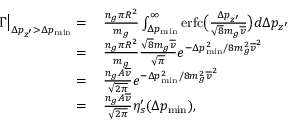
\begin{array} { r l } { \Gamma \big | _ { \Delta p _ { z ^ { \prime } } > \Delta p _ { \mathrm { m i n } } } = } & { { } \, \frac { n _ { g } \pi R ^ { 2 } } { m _ { g } } \int _ { \Delta p _ { \mathrm { m i n } } } ^ { \infty } \mathrm { e r f c } \big ( \frac { \Delta p _ { z ^ { \prime } } } { \sqrt { 8 } m _ { g } \overline { { v } } } \big ) d \Delta p _ { z ^ { \prime } } } \\ { = } & { { } \, \frac { n _ { g } \pi R ^ { 2 } } { m _ { g } } \frac { \sqrt { 8 } m _ { g } \overline { { v } } } { \sqrt { \pi } } e ^ { - \Delta p _ { \mathrm { m i n } } ^ { 2 } / 8 m _ { g } ^ { 2 } \overline { { v } } ^ { 2 } } } \\ { = } & { { } \, \frac { n _ { g } A \overline { { v } } } { \sqrt { 2 \pi } } e ^ { - \Delta p _ { \mathrm { m i n } } ^ { 2 } / 8 m _ { g } ^ { 2 } \overline { { v } } ^ { 2 } } } \\ { = } & { { } \, \frac { n _ { g } A \overline { { v } } } { \sqrt { 2 \pi } } \eta _ { s } ^ { \prime } ( \Delta p _ { \mathrm { m i n } } ) , } \end{array}